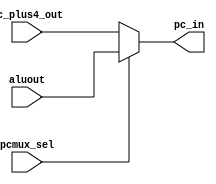
module mux_pc(pc_in, aluout, pc_plus4_out, pcmux_sel);
parameter datalength=32;
output reg  [datalength-1:0]pc_in;
input     [datalength-1:0]aluout,pc_plus4_out;
input      pcmux_sel;
always@(pcmux_sel,aluout,pc_plus4_out) begin
  pc_in = (pcmux_sel)?aluout:pc_plus4_out;
  end
endmodule